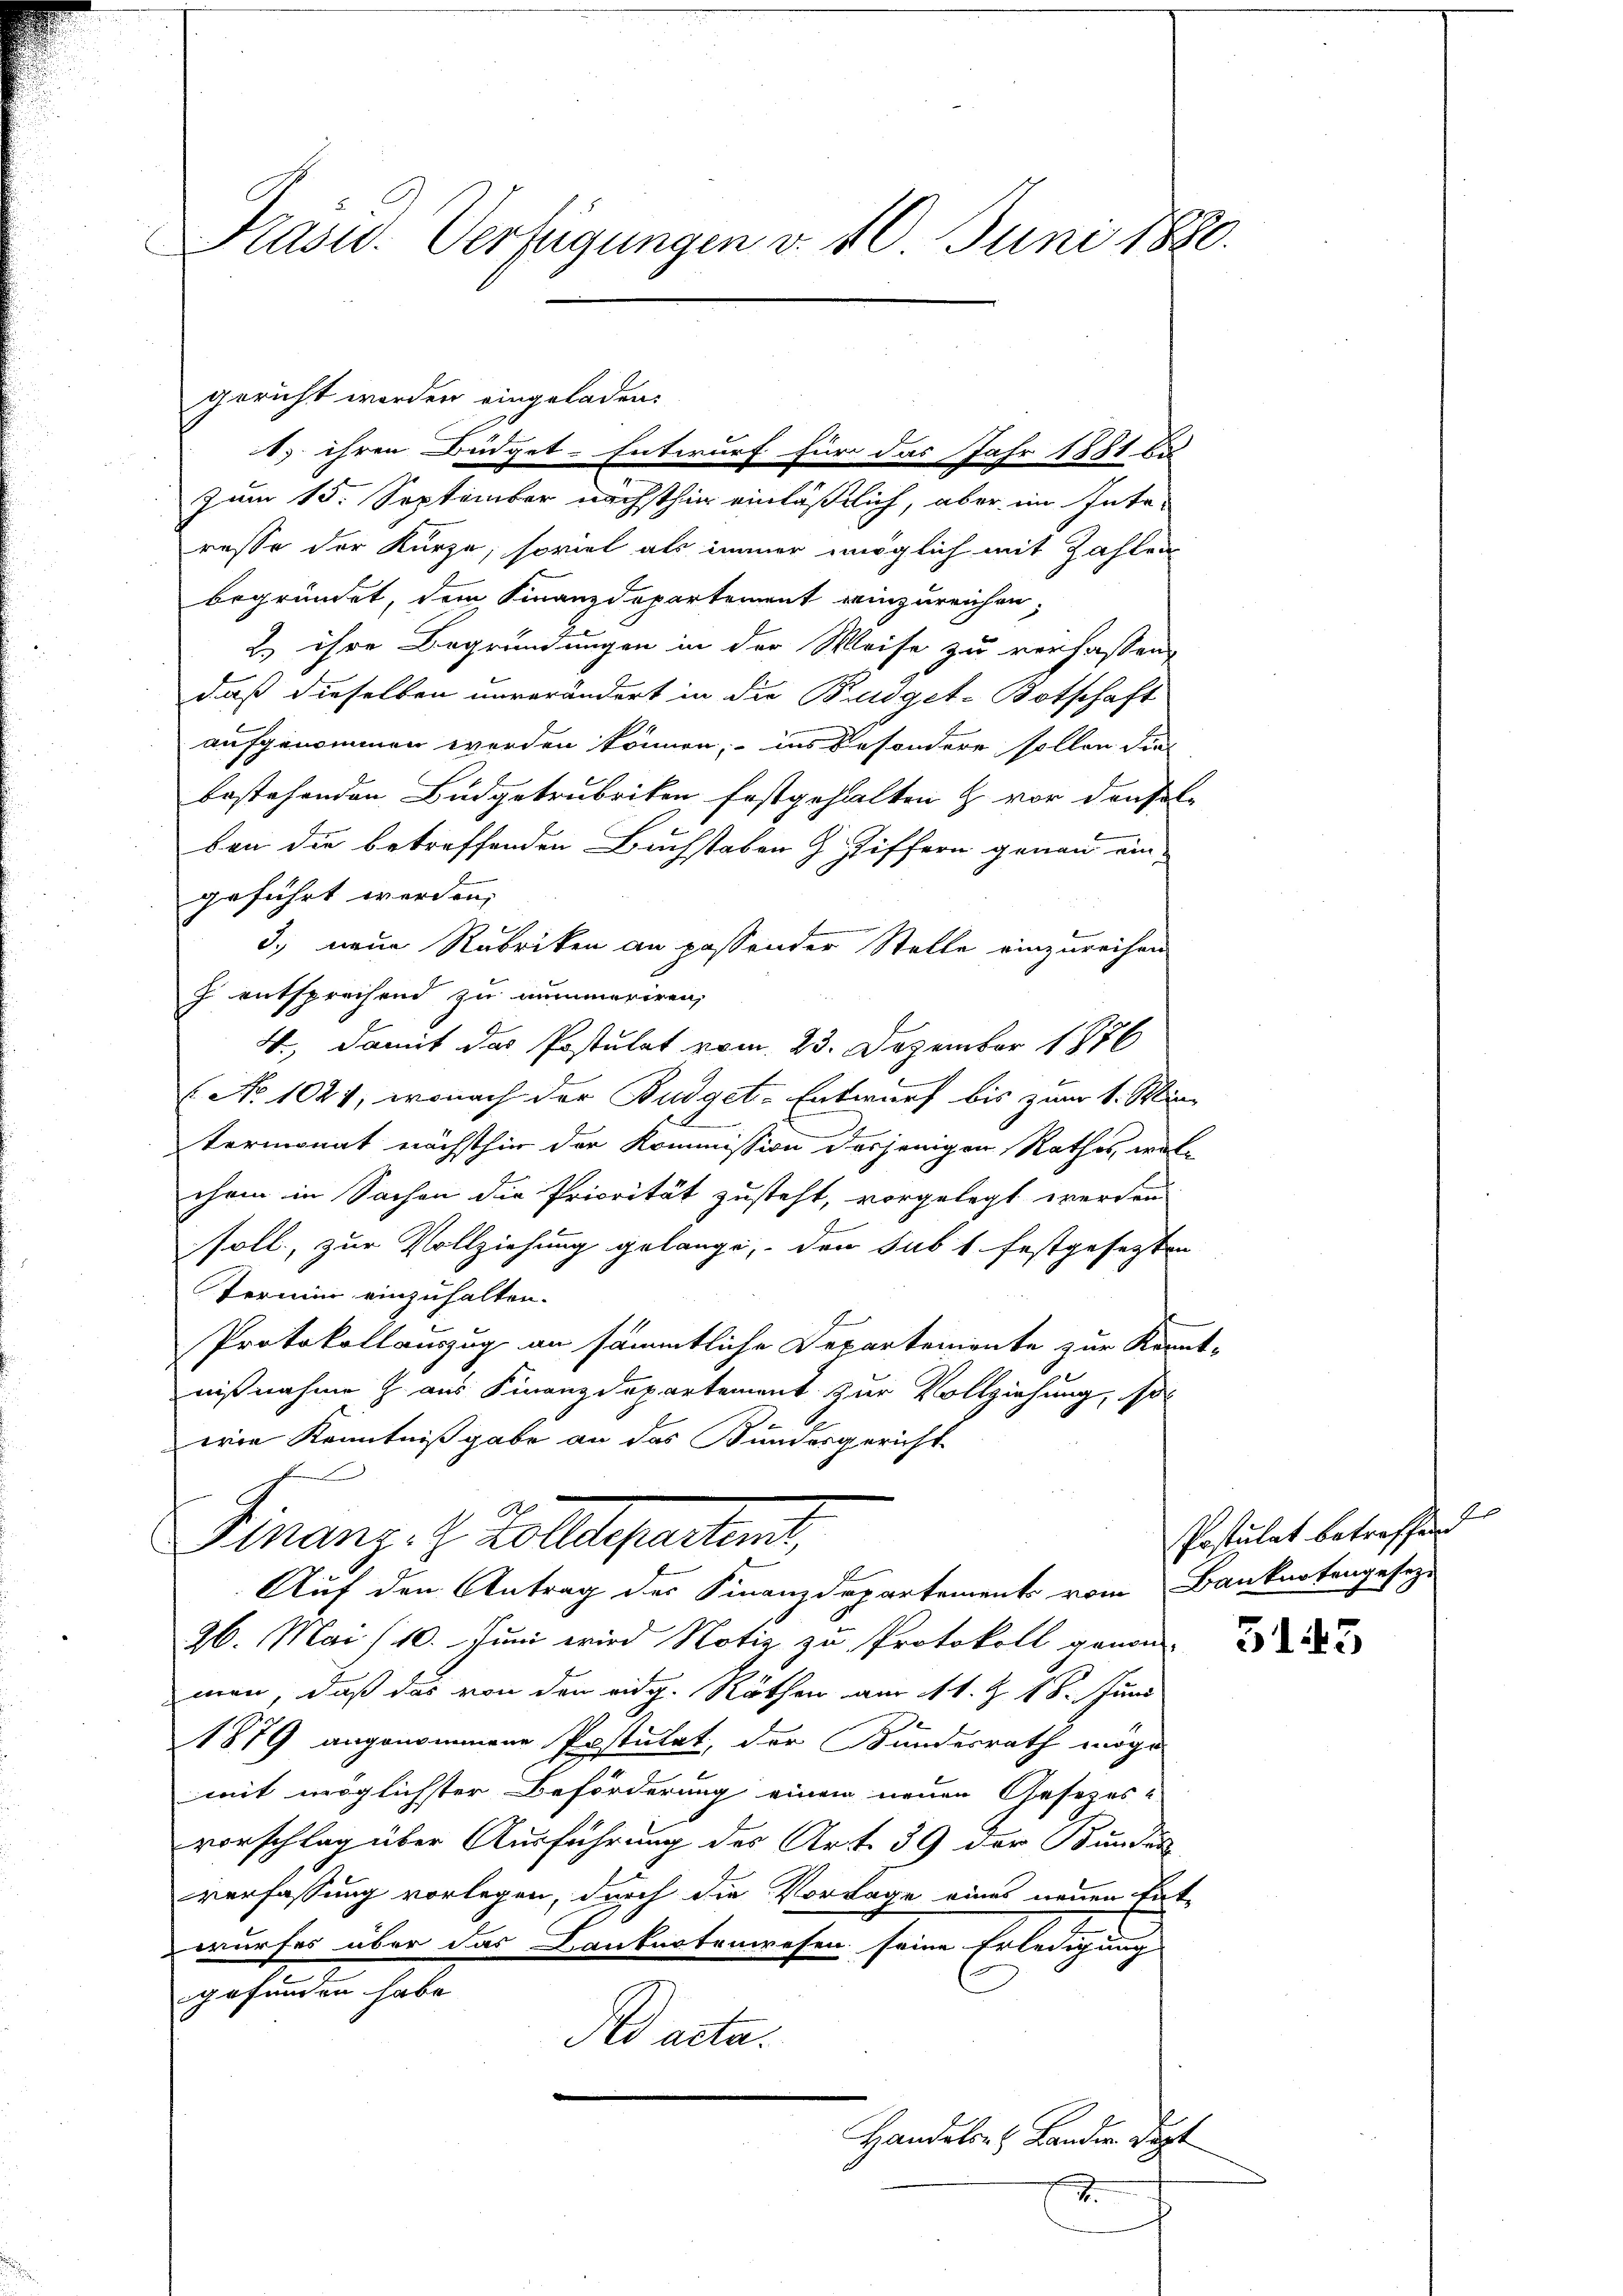
gericht worden eingeladen.
zum 15. September nächsthin einläßlich, aber im Inte-
resse der Kürze, soviel als immer möglich mit Zahlen
begründet, dem Finanzdepartement einzureichen,
2) ihre Begründungen in der Weise zu verfassen,
daß dieselben unverändert in die Budget-Botschaft
aufgenommen worden können, ins besondere sollen die
bestehenden Budgetrubriken festgehalten & vor densel-
ben die betreffenden Buchstaben z. Ziffern genau ein-
geführt werden,
3., neue Rubriken an passender Stelle einzureihen
g entsprechend zu nimmeriren,
4., damit das Postulat vom 23. Dezember 1856
 No 1021, wonach der Budget-Entwurf bis zum 1. Min
termonat nächsthier der Kommission dasjenigen Rathes, welchem in Sachen die Priorität zusteht, vorgelegt werden
soll, zur Vollziehung gelange, den sub 1 festgesetzten
Termin einzuhalten.
Protokollauszug an sämmtliche Departemente zur Kennt
nißnahme Z. aus Finanzdepartement zur Vollziehung, so
b
wie Kenntnißgabe an das Bundesgericht
Finanz. R. Kollenfantend,
Auf den Antrag der Finanzdepartements vom Banknotengesetz-
26. Mai /10. Juni wird Notiz zu Protokoll genom-
men, daß das von den eidg. Räthen am 11. Z. 18. Juni
1879 angenommene Postulat, der Bundesrath möge
mit möglichster Beförderung einem neuen Gesezes-
vorschlag über Ausführung des Art. 39 der Bunden
verfassung vorlegen, durch die Vorlage eines neuen Ent-
wurfes über das Banknotenwesen seine Erledigung
gefunden habe.
Rad acta.

Prasw. Verfügungen v. 10. Juni 1880.

1. ihren Büdget-Entwurf für das Jahr 1881 de

Handels- & Lander Sept

2

Postulat betreffend

1.

3145